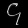
Digit: ၄